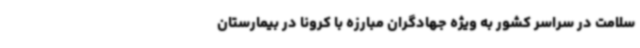
سلامت در سراسر کشور به ویژه جهادگران مبارزه با کرونا در بیمارستان